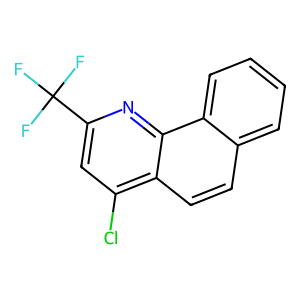
SMILES: FC(F)(F)c1cc(Cl)c2ccc3ccccc3c2n1
Inhibits HIV replication: No